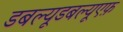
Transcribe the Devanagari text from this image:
डबल्यूडबल्यूएफ़